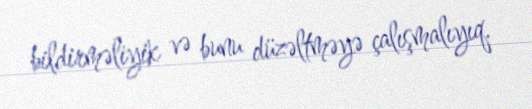
bildirməliyik və bunu düzəltməyə çalışmalıyıq.